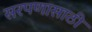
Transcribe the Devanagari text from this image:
सरपणासाठी